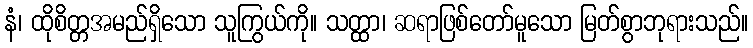
နံ၊ ထိုစိတ္တအမည်ရှိသော သူကြွယ်ကို။ သတ္ထာ၊ ဆရာဖြစ်တော်မူသော မြတ်စွာဘုရားသည်။